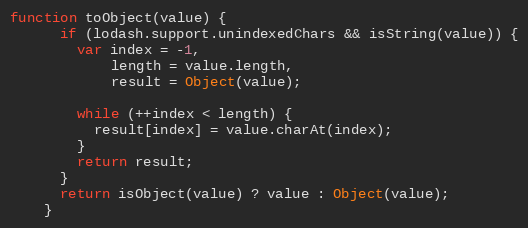
Language: JavaScript
function toObject(value) {
      if (lodash.support.unindexedChars && isString(value)) {
        var index = -1,
            length = value.length,
            result = Object(value);

        while (++index < length) {
          result[index] = value.charAt(index);
        }
        return result;
      }
      return isObject(value) ? value : Object(value);
    }